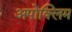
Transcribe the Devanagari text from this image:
अपोक्लिम